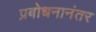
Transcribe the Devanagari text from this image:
प्रबोधनानंतर